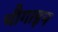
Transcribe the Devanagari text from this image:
चौगाइन